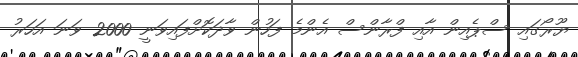
ޔޫރޯގައި ސްޕެއިން އާއި ފްރާންސް އެންމެ ފަހުން ވާދަކޮށްފައިވަނީ 2000 ވަނަ އަހަރު